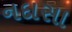
નદાસા